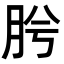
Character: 𭨯